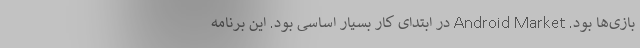
بازی‌ها بود. Android Market در ابتدای کار بسیار اساسی بود. این برنامه